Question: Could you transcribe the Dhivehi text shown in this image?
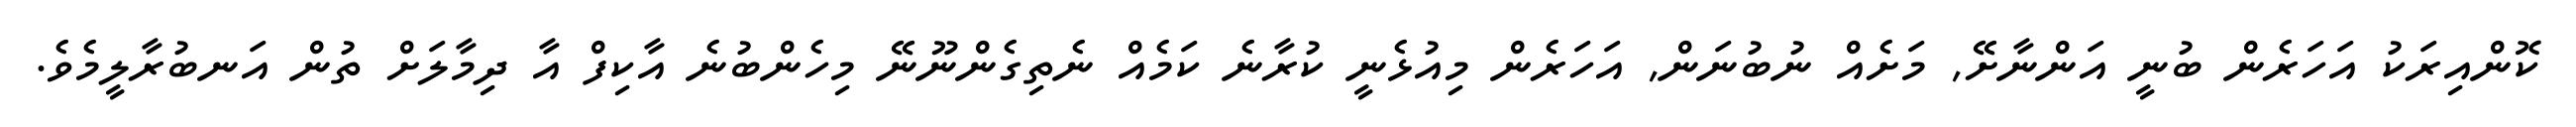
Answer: ކޮންއިރަކު އަހަރެން ބުނީ އަންނާށޭ, މަށެއް ނުބުނަން, އަހަރެން މިއުޅެނީ ކުރާނެ ކަމެއް ނެތިގެންނޫނޭ މިހެންބުނެ އާކިފް އާ ދިމާލަށް ތުން އަނބުރާލީމެވެ.